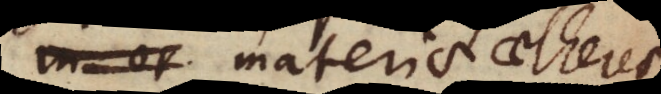
materia aetherea